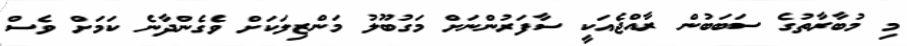
މި މުބާރާތުގެ ސަަބަބުން ރާއްޖެއަކީ ސާފަރުންނަށް މަގުބޫލު މަންޒިލަކަށް ވެގެންދާނެ ކަަމަށް ވެސް